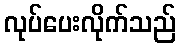
လုပ်ပေးလိုက်သည်